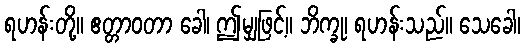
ရဟန်းတို့။ ဧတ္တာဝတာ ခေါ၊ ဤမျှဖြင့်။ ဘိက္ခု၊ ရဟန်းသည်။ သေခေါ၊